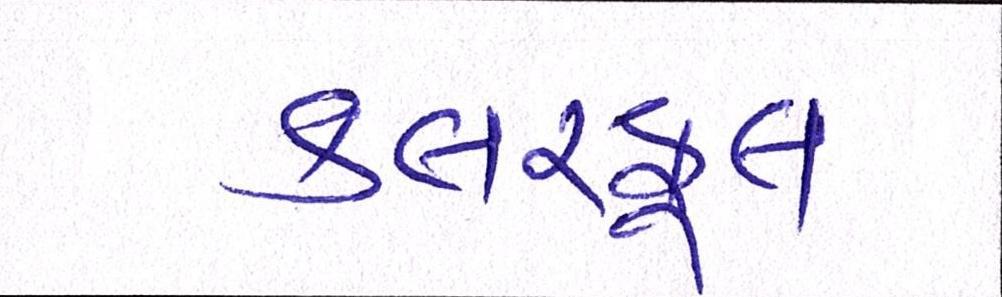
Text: કલરફૂલ